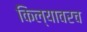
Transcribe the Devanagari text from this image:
किल्यावरच